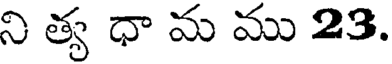
ని త్య ధా మ ము 23.